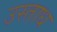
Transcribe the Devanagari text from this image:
उस्ताध